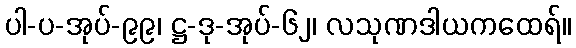
ပါ-ပ-အုပ်-၉၉၊ ဋ္ဌ-ဒု-အုပ်-၆၂၊ လသုဏဒါယကထေရ်။